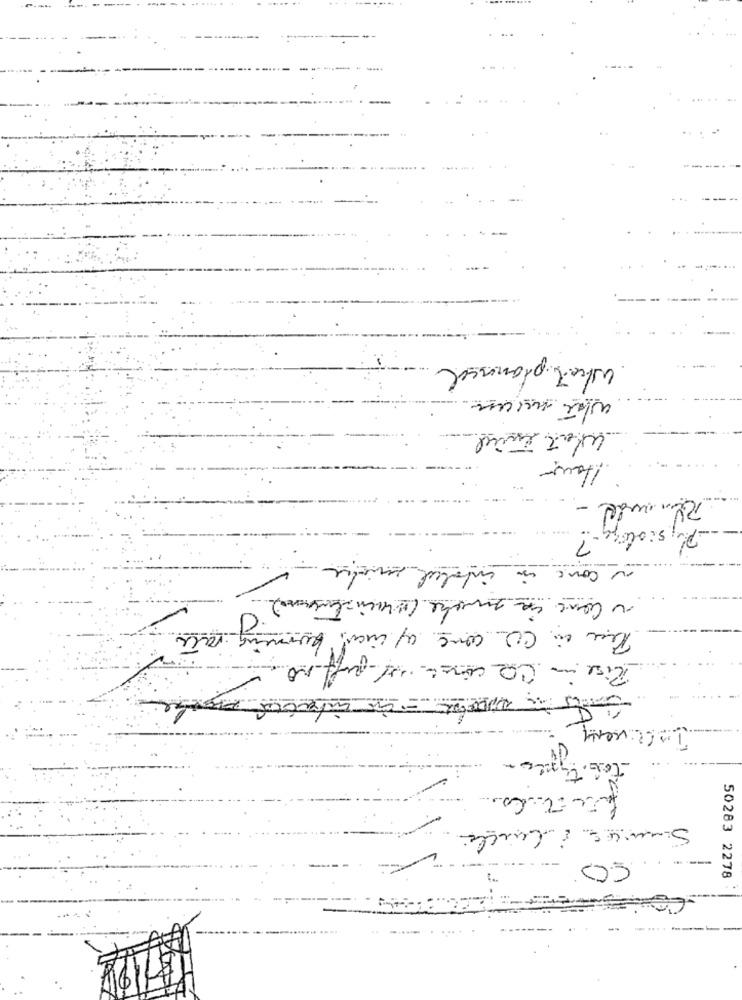
What planned
whe musun
Hour
Physiology -?
a come in inhaled eine
The in CO come of inan, burning
Rise in CO come / puffno.
tob. T
li
50283 2278